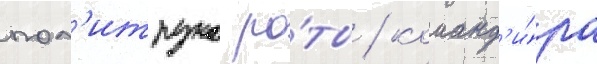
пол'итрука ро́ты / команд'и́ра